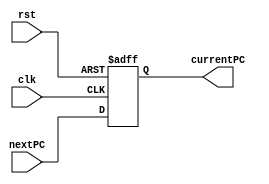
`timescale 1ns/1ns

module PC(input clk, rst, input [31:0] nextPC, output reg [31:0] currentPC);
  always@(posedge clk, posedge rst) begin
    if(rst)
      currentPC <= 32'd0;
    else
      currentPC <= nextPC;
  end
endmodule